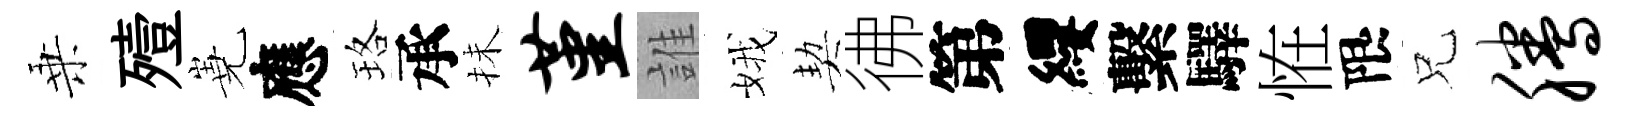
乗殪嶤應珞承抺堇誰娥契彿第纓繫驛恠限兄腾